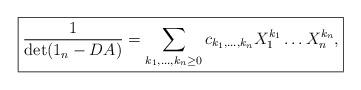
LaTeX: \begin{align*}\boxed{\frac{1}{\det(1_n-DA)}=\sum_{k_1,\ldots,k_n\ge 0}c_{k_1,\ldots,k_n}X_1^{k_1}\ldots X_n^{k_n},}\end{align*}